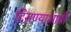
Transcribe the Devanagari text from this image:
दिसण्याआधी